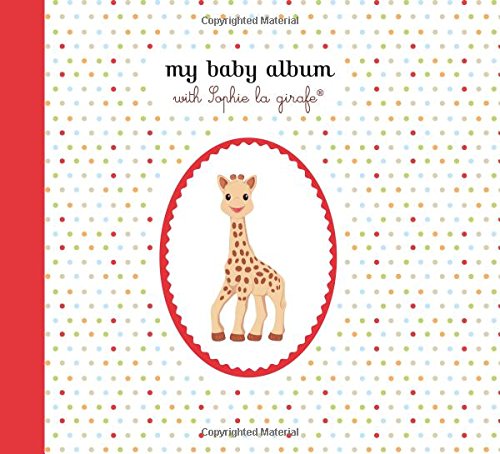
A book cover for My Baby Album with Sophie la girafe (Sophie the Giraffe); Sophie la girafe; Parenting & Relationships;